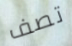
تصف